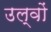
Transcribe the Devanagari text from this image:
उल्वों